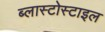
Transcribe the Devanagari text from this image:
ब्लास्टोस्टाइल